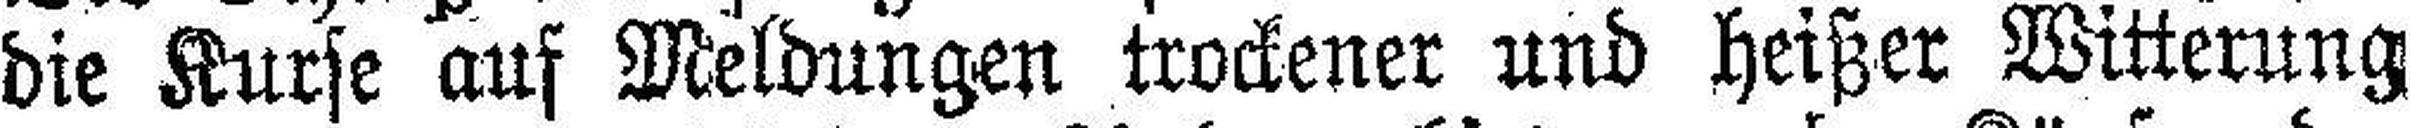
die Kurse auf Meldungen trockener und heißer Witterung